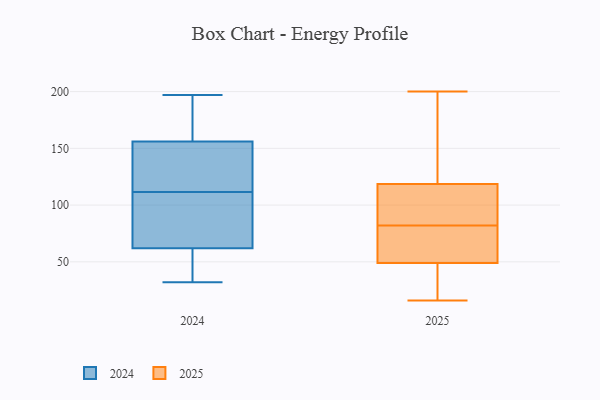
{"axis": {"x": "Energy Usage (MWh)", "y": "Value"}, "legend": ["2024", "2025"], "data": [{"x": "", "y": 76, "type": "2025"}, {"x": "", "y": 179, "type": "2025"}, {"x": "", "y": 16, "type": "2025"}, {"x": "", "y": 76, "type": "2025"}, {"x": "", "y": 168, "type": "2025"}, {"x": "", "y": 20, "type": "2025"}, {"x": "", "y": 57, "type": "2025"}, {"x": "", "y": 113, "type": "2025"}, {"x": "", "y": 41, "type": "2025"}, {"x": "", "y": 90, "type": "2025"}, {"x": "", "y": 88, "type": "2025"}, {"x": "", "y": 120, "type": "2025"}, {"x": "", "y": 200, "type": "2025"}, {"x": "", "y": 51, "type": "2025"}, {"x": "", "y": 47, "type": "2025"}, {"x": "", "y": 117, "type": "2025"}, {"x": "", "y": 163, "type": "2024"}, {"x": "", "y": 62, "type": "2024"}, {"x": "", "y": 82, "type": "2024"}, {"x": "", "y": 57, "type": "2024"}, {"x": "", "y": 190, "type": "2024"}, {"x": "", "y": 114, "type": "2024"}, {"x": "", "y": 32, "type": "2024"}, {"x": "", "y": 154, "type": "2024"}, {"x": "", "y": 148, "type": "2024"}, {"x": "", "y": 156, "type": "2024"}, {"x": "", "y": 197, "type": "2024"}, {"x": "", "y": 96, "type": "2024"}, {"x": "", "y": 109, "type": "2024"}, {"x": "", "y": 55, "type": "2024"}]}